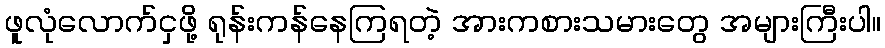
ဖူလုံလောက်ငှဖို့ ရုန်းကန်နေကြရတဲ့ အားကစားသမားတွေ အများကြီးပါ။